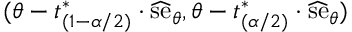
( \theta - t _ { ( 1 - \alpha / 2 ) } ^ { * } \cdot { \widehat { \mathrm { s e } } } _ { \theta } , \theta - t _ { ( \alpha / 2 ) } ^ { * } \cdot { \widehat { \mathrm { s e } } } _ { \theta } )